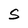
Character: S